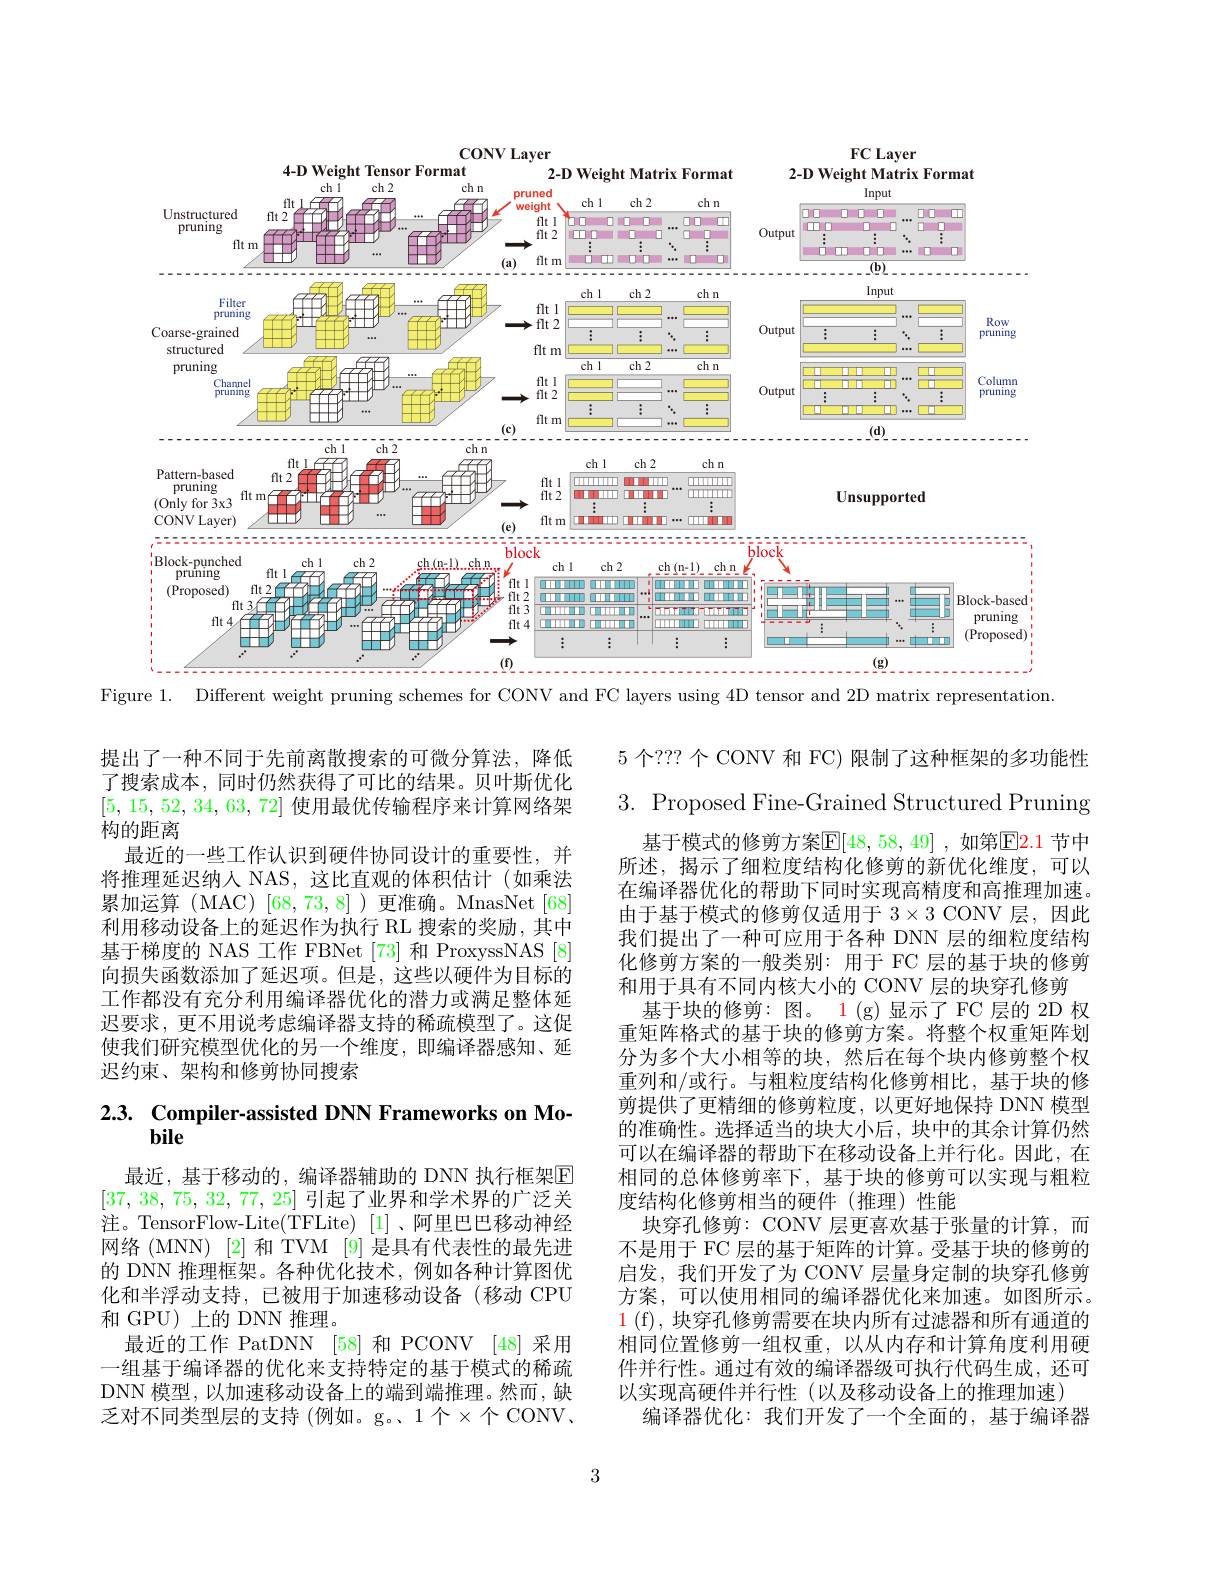
<FigureHere>

Figure 1. Different weight pruning schemes for CONV and FC layers using 4D tensor and 2D matrix representation

5 个？?? 个 CONV 和 FC) 限制了这种框架的多功能性

提出了一种不同于先前离散搜索的可微分算法，降低了搜索成本，同时仍然获得了可比的结果。贝叶斯优化[5,15,52,34,63,72]使用最优传输程序来计算网络架构的距离
最近的一些工作认识到硬件协同设计的重要性，并将推理延迟纳人 NAS,这比直观的体积估计(如乘法累加运算(MAC)[68,73,8])更准确。MnasNet[68] 利用移动设备上的延迟作为执行 RL 搜索的奖励，其中基于梯度的 NAS 工作 FBNet [73] 和 ProxyssNAS [8] 向损失函数添加了延迟项。但是，这些以硬件为目标的工作都没有充分利用编译器优化的潜力或满足整体延迟要求，更不用说考虑编译器支持的稀疏模型了。这促使我们研究模型优化的另一个维度，即编译器感知、延迟约束、架构和修剪协同搜索

# $2.3.\begin{array}{c}\mathrm{Compiler-assisted~DNN~Frameworks~on~Mo-}\\\mathrm{bile}\end{array}$

最近，基于移动的，编译器辅助的 DNN 执行框架$\mathbb{E}$ [37, 38, 75, 32, 77, 25]引起了业界和学术界的广泛关注。TensorFlow-Lite(TFLite)[1]、阿里巴巴移动神经网络(MNN) [2]和 TVM [9] 是具有代表性的最先进的 DNN 推理框架。各种优化技术，例如各种计算图优化和半浮动支持，已被用于加速移动设备(移动 CPU 和 GPU)上的 DNN 推理。
最近的工作 PatDNN [58]和 PCONV [48]采用一组基于编译器的优化来支持特定的基于模式的稀疏DNN 模型，以加速移动设备上的端到端推理。然而，缺乏对不同类型层的支持 (例如。g。1个$\times$个 CONV.

3. Proposed Fine-Grained Structured Pruning
基于模式的修剪方案$\overline{\mathbb{E}}[48,58,49]$ ,如第$\boxed{\mathbb{E}}\color{red}{2.1}$ 节中所述，揭示了细粒度结构化修剪的新优化维度，可以在编译器优化的帮助下同时实现高精度和高推理加速。由于基于模式的修剪仅适用于$3\times3$ CONV 层，因此我们提出了一种可应用于各种 DNN 层的细粒度结构化修剪方案的一般类别：用于 FC 层的基于块的修剪和用于具有不同内核大小的 CONV 层的块穿孔修剪
基于块的修剪：图。1 (g) 显示了 FC 层的 2D 权重矩阵格式的基于块的修剪方案。将整个权重矩阵划分为多个大小相等的块，然后在每个块内修剪整个权重列和/或行。与粗粒度结构化修剪相比，基于块的修剪提供了更精细的修剪粒度，以更好地保持 DNN 模型的准确性。选择适当的块大小后，块中的其余计算仍然可以在编译器的帮助下在移动设备上并行化。因此，在相同的总体修剪率下，基于块的修剪可以实现与粗粒度结构化修剪相当的硬件(推理)性能
块穿孔修剪：CONV 层更喜欢基于张量的计算，而不是用于 FC 层的基于矩阵的计算。受基于块的修剪的启发，我们开发了为 CONV 层量身定制的块穿孔修剪方案，可以使用相同的编译器优化来加速。如图所示。$\color{red}1$ (f), 块穿孔修剪需要在块内所有过滤器和所有通道的相同位置修剪一组权重，以从内存和计算角度利用硬件并行性。通过有效的编译器级可执行代码生成，还可以实现高硬件并行性(以及移动设备上的推理加速)
编译器优化：我们开发了一个全面的，基于编译器

3